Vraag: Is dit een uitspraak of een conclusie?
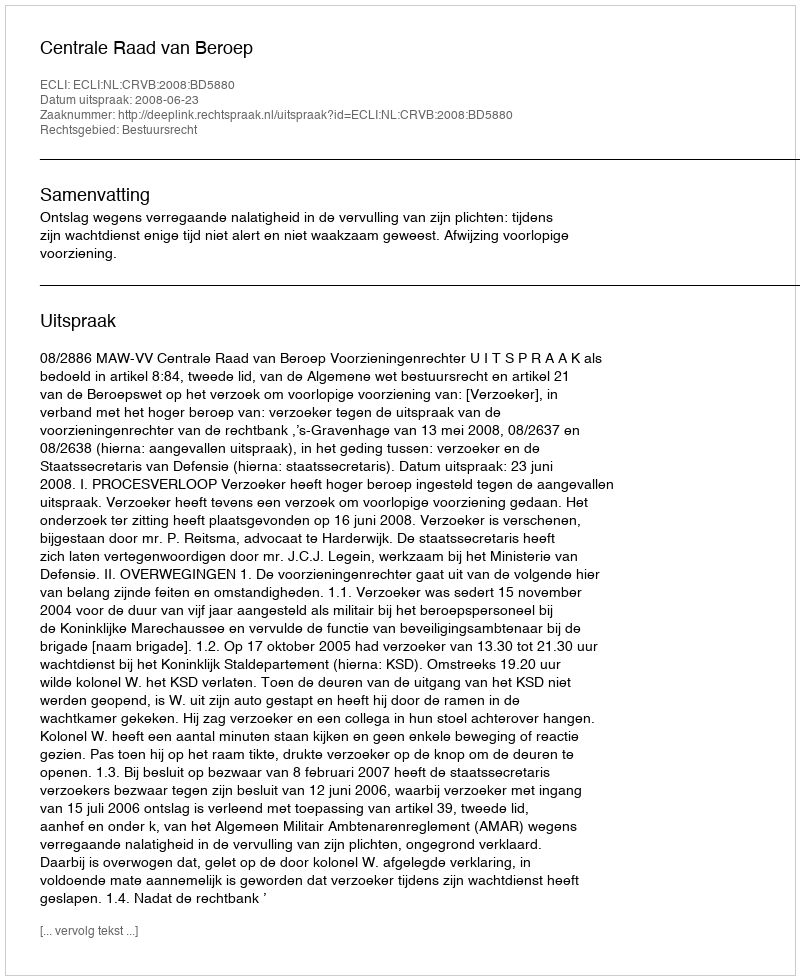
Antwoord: Uitspraak